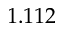
1 . 1 1 2